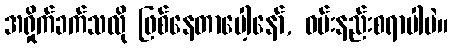
အရှိုက်ခက်သလို ဖြစ်နေတာပေါ့နော်, ဝမ်းနည်းစရာပါပဲ။